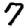
Digit: 7